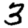
Digit: 3